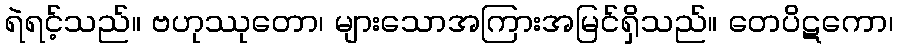
ရဲရင့်သည်။ ဗဟုဿုတော၊ များသောအကြားအမြင်ရှိသည်။ တေပိဋကော၊